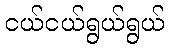
ငယ်ငယ်ရွယ်ရွယ်